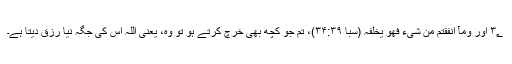
۳؂ اور وَمَآ اَنْفَقْتُمْ مِّنْ شَیْءٍ فَھُوَ یُخْلِفُہ (سبا ۳۴:۳۹)، تم جو کچھ بھی خرچ کرتے ہو تو وہ، یعنی اللہ اس کی جگہ نیا رزق دیتا ہے۔